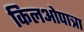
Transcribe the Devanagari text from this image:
किलओपात्रा